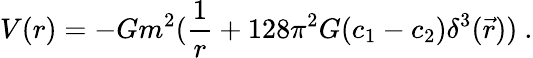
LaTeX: V(r)=-Gm^{2}({\frac{1}{r}}+128\pi^{2}G(c_{1}-c_{2})\delta^{3}(\vec{r}))~.